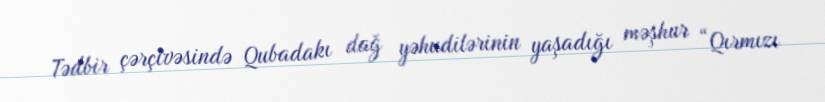
Tədbir çərçivəsində Qubadakı dağ yəhudilərinin yaşadığı məşhur “Qırmızı